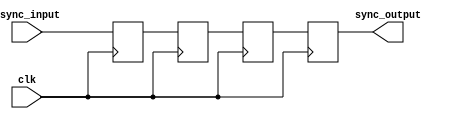
module cascade_synchronizer (
    input wire async_input,
    input wire clk,
    output reg sync_output
);

reg [2:0] stage1_reg, stage2_reg, stage3_reg;

always @(posedge clk) begin
    stage1_reg <= async_input;
    stage2_reg <= stage1_reg;
    stage3_reg <= stage2_reg;
    sync_output <= stage3_reg;
end

endmodule